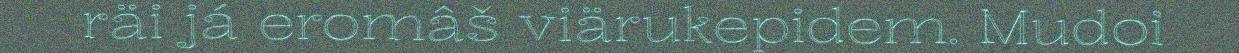
räi já eromâš viärukepidem. Mudoi